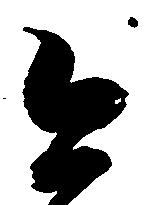
今